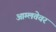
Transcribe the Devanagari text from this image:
आम्लतेवर